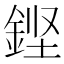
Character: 𮡸